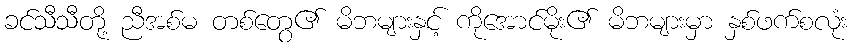
ခင်သီသီတို့ ညီအစ်မ တစ်တွေ၏ မိဘများနှင့် ကိုအောင်မိုး၏ မိဘများမှာ နှစ်ဖက်စလုံး